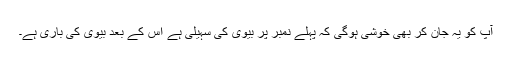
آپ کو یہ جان کر بھی خوشی ہوگی کہ پہلے نمبر پر بیوی کی سہیلی ہے اس کے بعد بیوی کی باری ہے۔